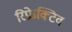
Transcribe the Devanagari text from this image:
रिफ्रेक्टिव